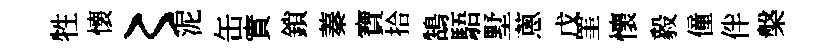
牲懐〻泥缶實鎖蓁寶拾鵠䮏墅蔥戊罣懷毅僮伴槃